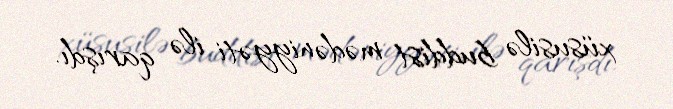
xüsusilə buddist mədəniyyəti ilə qarışdı.